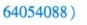
64054088)